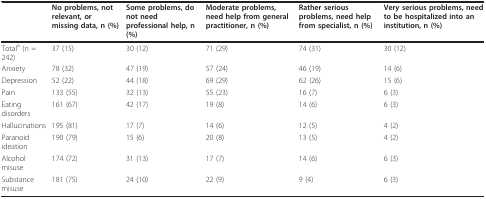
<table><thead><tr><td></td><td><b>No problems, not relevant, or missing data, n (%)</b></td><td><b>Some problems, do not need professional help, n (%)</b></td><td><b>Moderate problems, need help from general practitioner, n (%)</b></td><td><b>Rather serious problems, need help from specialist, n (%)</b></td><td><b>Very serious problems, need to be hospitalized into an institution, n (%)</b></td></tr></thead><tbody><tr><td>Total<sup>a </sup>(n = 242)</td><td>37 (15)</td><td>30 (12)</td><td>71 (29)</td><td>74 (31)</td><td>30 (12)</td></tr><tr><td>Anxiety</td><td>78 (32)</td><td>47 (19)</td><td>57 (24)</td><td>46 (19)</td><td>14 (6)</td></tr><tr><td>Depression</td><td>52 (22)</td><td>44 (18)</td><td>69 (29)</td><td>62 (26)</td><td>15 (6)</td></tr><tr><td>Pain</td><td>133 (55)</td><td>32 (13)</td><td>55 (23)</td><td>16 (7)</td><td>6 (3)</td></tr><tr><td>Eating disorders</td><td>161 (67)</td><td>42 (17)</td><td>19 (8)</td><td>14 (6)</td><td>6 (3)</td></tr><tr><td>Hallucinations</td><td>195 (81)</td><td>17 (7)</td><td>14 (6)</td><td>12 (5)</td><td>4 (2)</td></tr><tr><td>Paranoid ideation</td><td>190 (79)</td><td>15 (6)</td><td>20 (8)</td><td>13 (5)</td><td>4 (2)</td></tr><tr><td>Alcohol misuse</td><td>174 (72)</td><td>31 (13)</td><td>17 (7)</td><td>14 (6)</td><td>6 (3)</td></tr><tr><td>Substance misuse</td><td>181 (75)</td><td>24 (10)</td><td>22 (9)</td><td>9 (4)</td><td>6 (3)</td></tr></tbody></table>